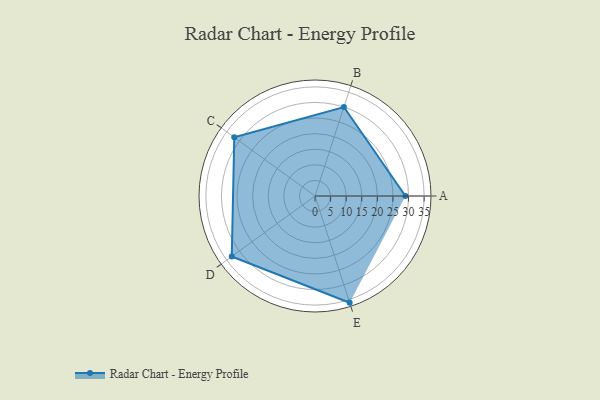
{"axis": {"x": "Skill", "y": "Score"}, "legend": ["Profile"], "data": [{"x": "A", "y": 29.0, "type": "Profile"}, {"x": "B", "y": 30.0, "type": "Profile"}, {"x": "C", "y": 32.0, "type": "Profile"}, {"x": "D", "y": 33.0, "type": "Profile"}, {"x": "E", "y": 36.0, "type": "Profile"}]}